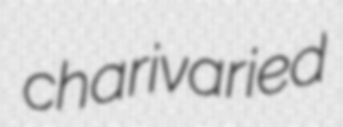
charivaried